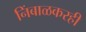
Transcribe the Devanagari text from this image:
निंबाळकरही